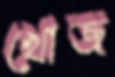
খোজ